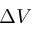
\Delta V